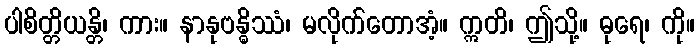
ပါစိတ္တိယန္တိ၊ ကား။ နာနုဗန္ဓိဿံ၊ မလိုက်တောအံ့။ ဣတိ၊ ဤသို့။ ဓုရေ၊ ကို။